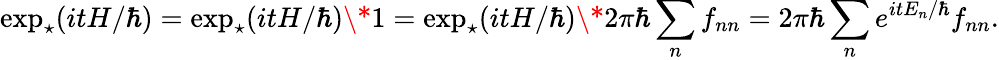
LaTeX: \exp_{\star}(itH/\hbar)=\exp_{\star}(itH/\hbar)\* 1=\exp_{\star}(itH/\hbar)\* 2\pi\hbar\sum_{n}f_{nn}=2\pi\hbar\sum_{n}e^{itE_{n}/\hbar}f_{nn}.